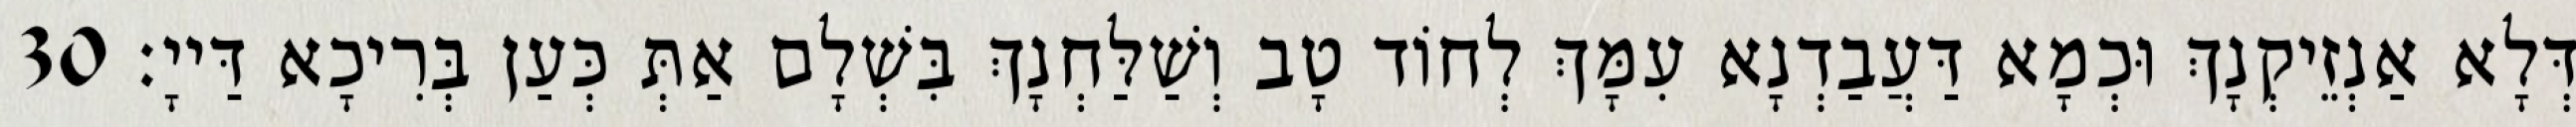
דְּלָא אַנְזֵיקְנָךְ וּכְמָא דַּעֲבַדְנָא עִמָּךְ לְחוֹד טָב וְשַׁלַּחְנָךְ בִּשְׁלָם אַתְּ כְּעַן בְּרִיכָא דַּייָ׃ 30